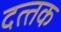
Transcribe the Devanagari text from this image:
दत्‍तक